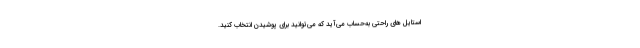
استایل های راحتی به‌حساب می‌آید که می‌توانید برای پوشیدن انتخاب کنید.